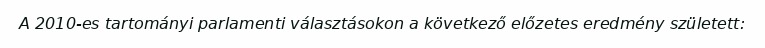
A 2010-es tartományi parlamenti választásokon a következő előzetes eredmény született: